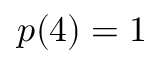
p ( 4 ) = 1